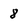
Character: 8